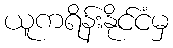
ယူကရိန်းနိုင်ငံမှ